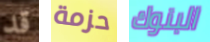
قد حزمة البنوك